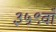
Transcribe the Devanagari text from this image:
३५९वाँ